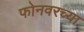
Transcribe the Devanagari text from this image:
फोनवरच्या